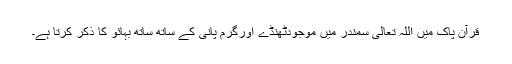
قرآن پاک میں اللہ تعالیٰ سمندر میں موجودٹھنڈے اورگرم پانی کے ساتھ ساتھ بہائو کا ذکر کرتا ہے۔